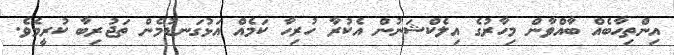
އިންތިހާބެއް ބާއްވާން މިހާރުގެ އިލެކްޝަނުން އެކުރާ ހުރިހާ ކަމެއް އަޅުގަނޑުމެން ތަޖުރިބާ ކުރީމެވެ.